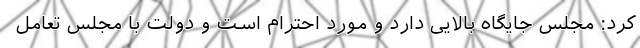
کرد: مجلس جایگاه بالایی دارد و مورد احترام است و دولت با مجلس تعامل